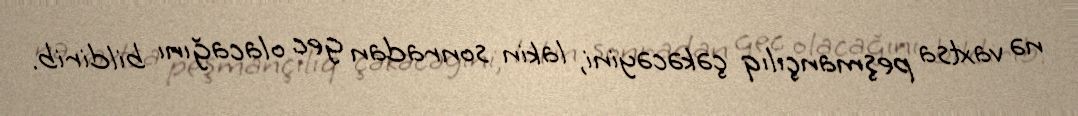
nə vaxtsa peşmançılıq çəkəcəyini, lakin sonradan gec olacağını bildirib.